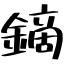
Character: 鏑